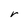
Character: r